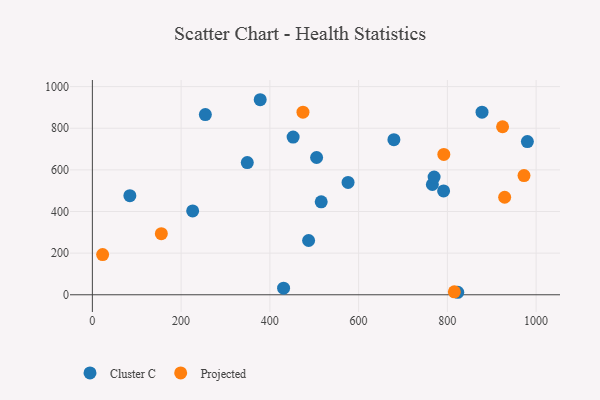
{"axis": {"x": "Investment", "y": "Exam Score"}, "legend": ["Cluster C", "Projected"], "data": [{"x": "254.6", "y": 865.8, "type": "Cluster C"}, {"x": "766.2", "y": 529.7, "type": "Cluster C"}, {"x": "487.3", "y": 260.6, "type": "Cluster C"}, {"x": "770.1", "y": 565.2, "type": "Cluster C"}, {"x": "226.0", "y": 402.9, "type": "Cluster C"}, {"x": "349.1", "y": 635.1, "type": "Cluster C"}, {"x": "452.4", "y": 757.3, "type": "Cluster C"}, {"x": "378.2", "y": 936.9, "type": "Cluster C"}, {"x": "878.1", "y": 877.3, "type": "Cluster C"}, {"x": "679.5", "y": 745.0, "type": "Cluster C"}, {"x": "576.2", "y": 539.6, "type": "Cluster C"}, {"x": "430.9", "y": 31.8, "type": "Cluster C"}, {"x": "505.3", "y": 659.3, "type": "Cluster C"}, {"x": "980.3", "y": 735.7, "type": "Cluster C"}, {"x": "84.5", "y": 475.8, "type": "Cluster C"}, {"x": "791.5", "y": 498.9, "type": "Cluster C"}, {"x": "823.4", "y": 12.0, "type": "Cluster C"}, {"x": "515.7", "y": 446.7, "type": "Cluster C"}, {"x": "792.0", "y": 674.1, "type": "Projected"}, {"x": "929.1", "y": 468.4, "type": "Projected"}, {"x": "924.4", "y": 807.2, "type": "Projected"}, {"x": "474.6", "y": 877.0, "type": "Projected"}, {"x": "155.4", "y": 293.4, "type": "Projected"}, {"x": "815.7", "y": 14.4, "type": "Projected"}, {"x": "23.1", "y": 193.1, "type": "Projected"}, {"x": "972.7", "y": 572.7, "type": "Projected"}]}